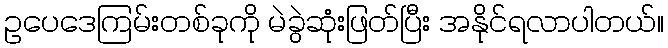
ဥပေဒေကြမ်းတစ်ခုကို မဲခွဲဆုံးဖြတ်ပြီး အနိုင်ရလာပါတယ်။